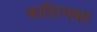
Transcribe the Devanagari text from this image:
कादिरगमार